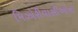
મિઝોરીવાસીઓના